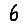
Digit: 6